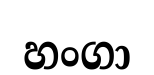
හංගා